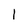
Character: l